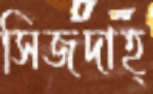
সিজদাহ্